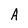
Character: A